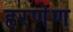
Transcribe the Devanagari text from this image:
हरणेण